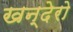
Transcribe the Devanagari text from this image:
खन्देरो